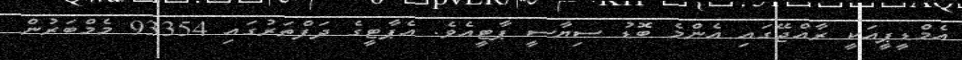
އެމްޑީޕީއަކީ ރާއްޖޭގައި އެންމެ ބޮޑު ސިޔާސީ ޕާޓީއެވެ. އެޕާޓީގެ ދަފްތަރުގައި 93354 މެމްބަރުން